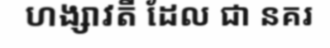
ហង្សាវតី ដែល ជា នគរ